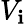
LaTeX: V_{\mathbf{i}}